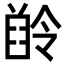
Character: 𪗲